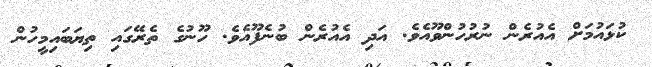
ކުޅައުމަށް އެއުރެން ނުރުހުންވޫއެވެ. އަދި އެއުރެން ބުނެފޫއެވެ. ހޫނުގެ ތެރޭގައި ތިޔަބައިމީހުން